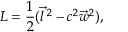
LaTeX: { \cal L } = { \frac { 1 } { 2 } } ( { \vec { l } } \, ^ { 2 } - c ^ { 2 } { \vec { w } } ^ { 2 } ) ,